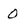
Character: 0